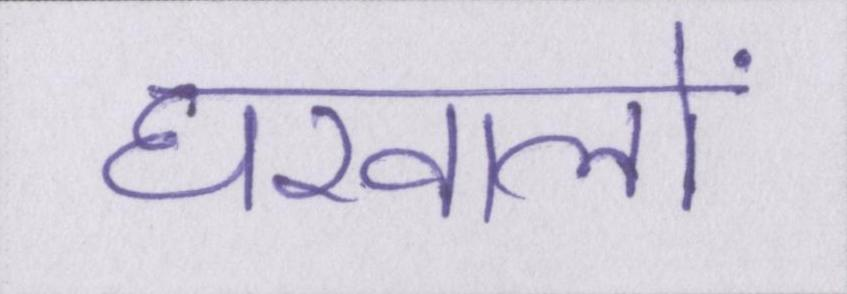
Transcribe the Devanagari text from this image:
घरवालों